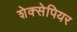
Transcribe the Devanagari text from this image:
शेक्सेपियर